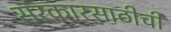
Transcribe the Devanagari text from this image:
सरकारसाठीची